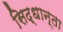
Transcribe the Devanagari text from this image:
सिद्धान्ता